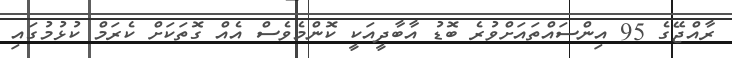
ރާއްޖޭގެ 95 އިންސައްތައަށްވުރެ ބޮޑު އާބާދީއަކީ ކޮންމެވެސް އެއް ގޮތަކަށް ކެރަމް ކުޅުމުގައި